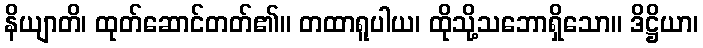
နိယျာတိ၊ ထုတ်ဆောင်တတ်၏။ တထာရူပါယ၊ ထိုသို့သဘောရှိသော။ ဒိဋ္ဌိယာ၊